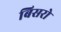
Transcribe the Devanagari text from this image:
बिसरो